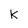
Character: k